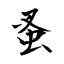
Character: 蚤